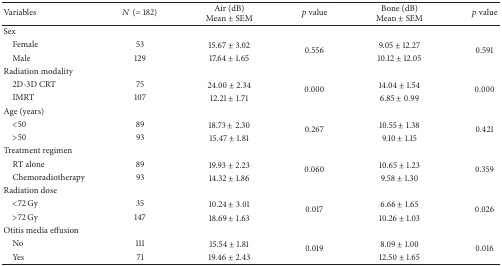
<table><thead><tr><td><b>Variables</b></td><td><b><i>N</i> (= 182)</b></td><td><b>Air (dB) Mean ± SEM </b></td><td><b><i>p</i> value</b></td><td><b>Bone (dB) Mean ± SEM </b></td><td><b><i>p</i> value</b></td></tr></thead><tbody><tr><td>Sex</td><td> </td><td> </td><td> </td><td> </td><td> </td></tr><tr><td> Female</td><td>53</td><td>15.67 ± 3.02</td><td rowspan="2">0.556</td><td>9.05 ± 12.27</td><td rowspan="2">0.591</td></tr><tr><td> Male</td><td>129</td><td>17.64 ± 1.65</td><td>10.12 ± 12.05</td></tr><tr><td>Radiation modality</td><td> </td><td> </td><td> </td><td> </td><td> </td></tr><tr><td> 2D-3D CRT</td><td>75</td><td>24.00 ± 2.34</td><td rowspan="2">0.000</td><td>14.04 ± 1.54</td><td rowspan="2">0.000</td></tr><tr><td> IMRT</td><td>107</td><td>12.21 ± 1.71</td><td>6.85 ± 0.99</td></tr><tr><td>Age (years)</td><td> </td><td> </td><td> </td><td> </td><td> </td></tr><tr><td> &lt;50 </td><td>89</td><td>18.73 ± 2.30</td><td rowspan="2">0.267</td><td>10.55 ± 1.38</td><td rowspan="2">0.421</td></tr><tr><td> &gt;50</td><td>93</td><td>15.47 ± 1.81</td><td>9.10 ± 1.15</td></tr><tr><td>Treatment regimen</td><td> </td><td> </td><td> </td><td> </td><td> </td></tr><tr><td> RT alone</td><td>89</td><td>19.93 ± 2.23</td><td rowspan="2">0.060</td><td>10.65 ± 1.23</td><td rowspan="2">0.359</td></tr><tr><td> Chemoradiotherapy</td><td>93</td><td>14.32 ± 1.86</td><td>9.58 ± 1.30</td></tr><tr><td>Radiation dose</td><td> </td><td> </td><td> </td><td> </td><td> </td></tr><tr><td> &lt;72 Gy</td><td>35</td><td>10.24 ± 3.01</td><td rowspan="2">0.017</td><td>6.66 ± 1.65</td><td rowspan="2">0.026</td></tr><tr><td> &gt;72 Gy</td><td>147</td><td>18.69 ± 1.63</td><td>10.26 ± 1.03</td></tr><tr><td>Otitis media effusion</td><td> </td><td> </td><td> </td><td> </td><td> </td></tr><tr><td> No</td><td>111</td><td>15.54 ± 1.81</td><td rowspan="2">0.019</td><td>8.09 ± 1.00</td><td rowspan="2">0.016</td></tr><tr><td> Yes</td><td>71</td><td>19.46 ± 2.43</td><td>12.50 ± 1.65</td></tr></tbody></table>